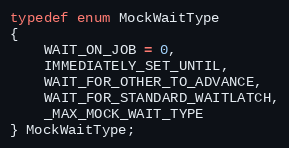
Language: C
typedef enum MockWaitType
{
	WAIT_ON_JOB = 0,
	IMMEDIATELY_SET_UNTIL,
	WAIT_FOR_OTHER_TO_ADVANCE,
	WAIT_FOR_STANDARD_WAITLATCH,
	_MAX_MOCK_WAIT_TYPE
} MockWaitType;